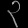
Digit: ၃